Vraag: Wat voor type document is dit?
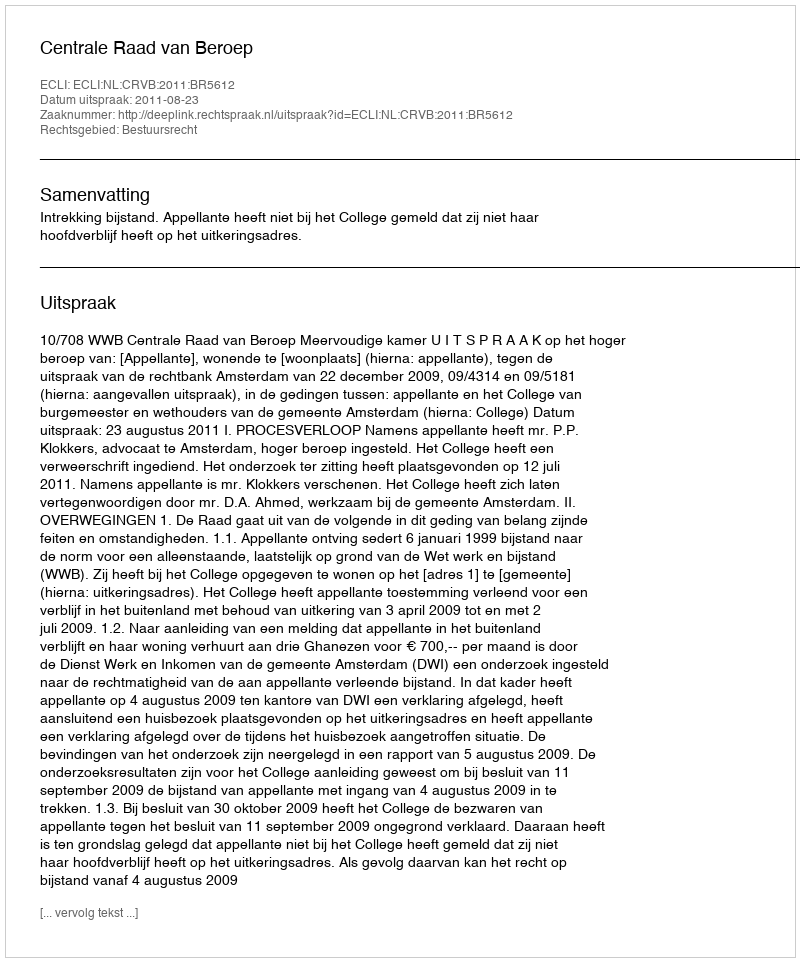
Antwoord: Uitspraak